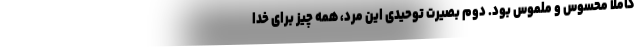
کاملأ محسوس و ملموس بود. دوم بصیرت توحیدی این مرد، همه چیز برای خدا